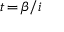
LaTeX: \scriptstyle t \, = \, \beta / i